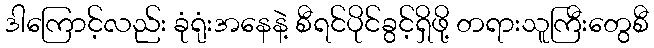
ဒါကြောင့်လည်း ခုံရုံးအနေနဲ့ စီရင်ပိုင်ခွင့်ရှိဖို့ တရားသူကြီးတွေစီ